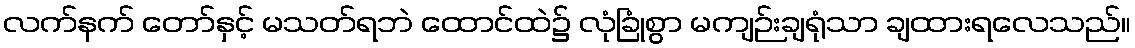
လက်နက် တော်နှင့် မသတ်ရဘဲ ထောင်ထဲ၌ လုံခြုံစွာ မကျဉ်းချရုံသာ ချထားရလေသည်။